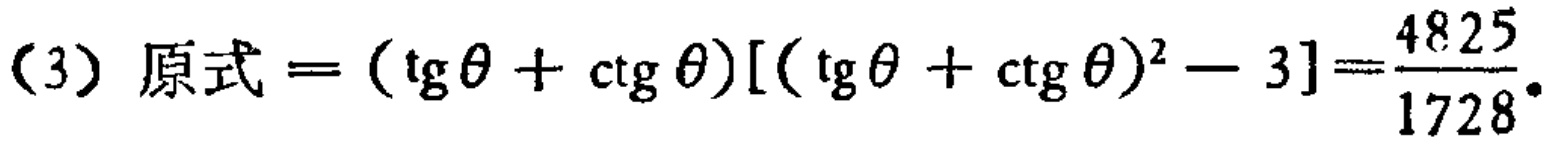
(3) 原式\(=(\text{tg}\theta + \text{ctg}\theta)[(\text{tg}\theta + \text{ctg}\theta)^2 - 3]=\frac{4825}{1728}\)